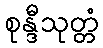
စုန္ဒီသုတ္တံ